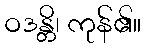
ဝဒန္တိ၊ ကုန်၏။